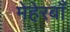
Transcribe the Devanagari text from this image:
मेहेरबाँ